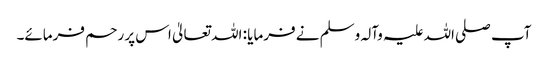
آپ صلی اللہ علیہ وآلہ وسلم نے فرمایا : اللہ تعالیٰ اس پر رحم فرمائے۔